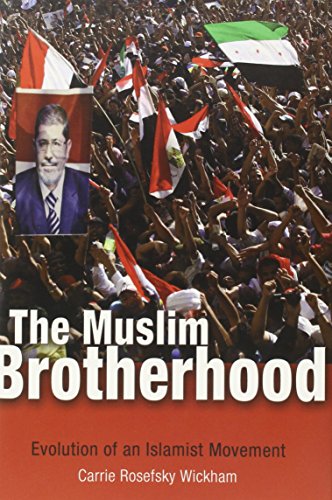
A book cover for The Muslim Brotherhood: Evolution of an Islamist Movement; Carrie Rosefsky Wickham; Religion & Spirituality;